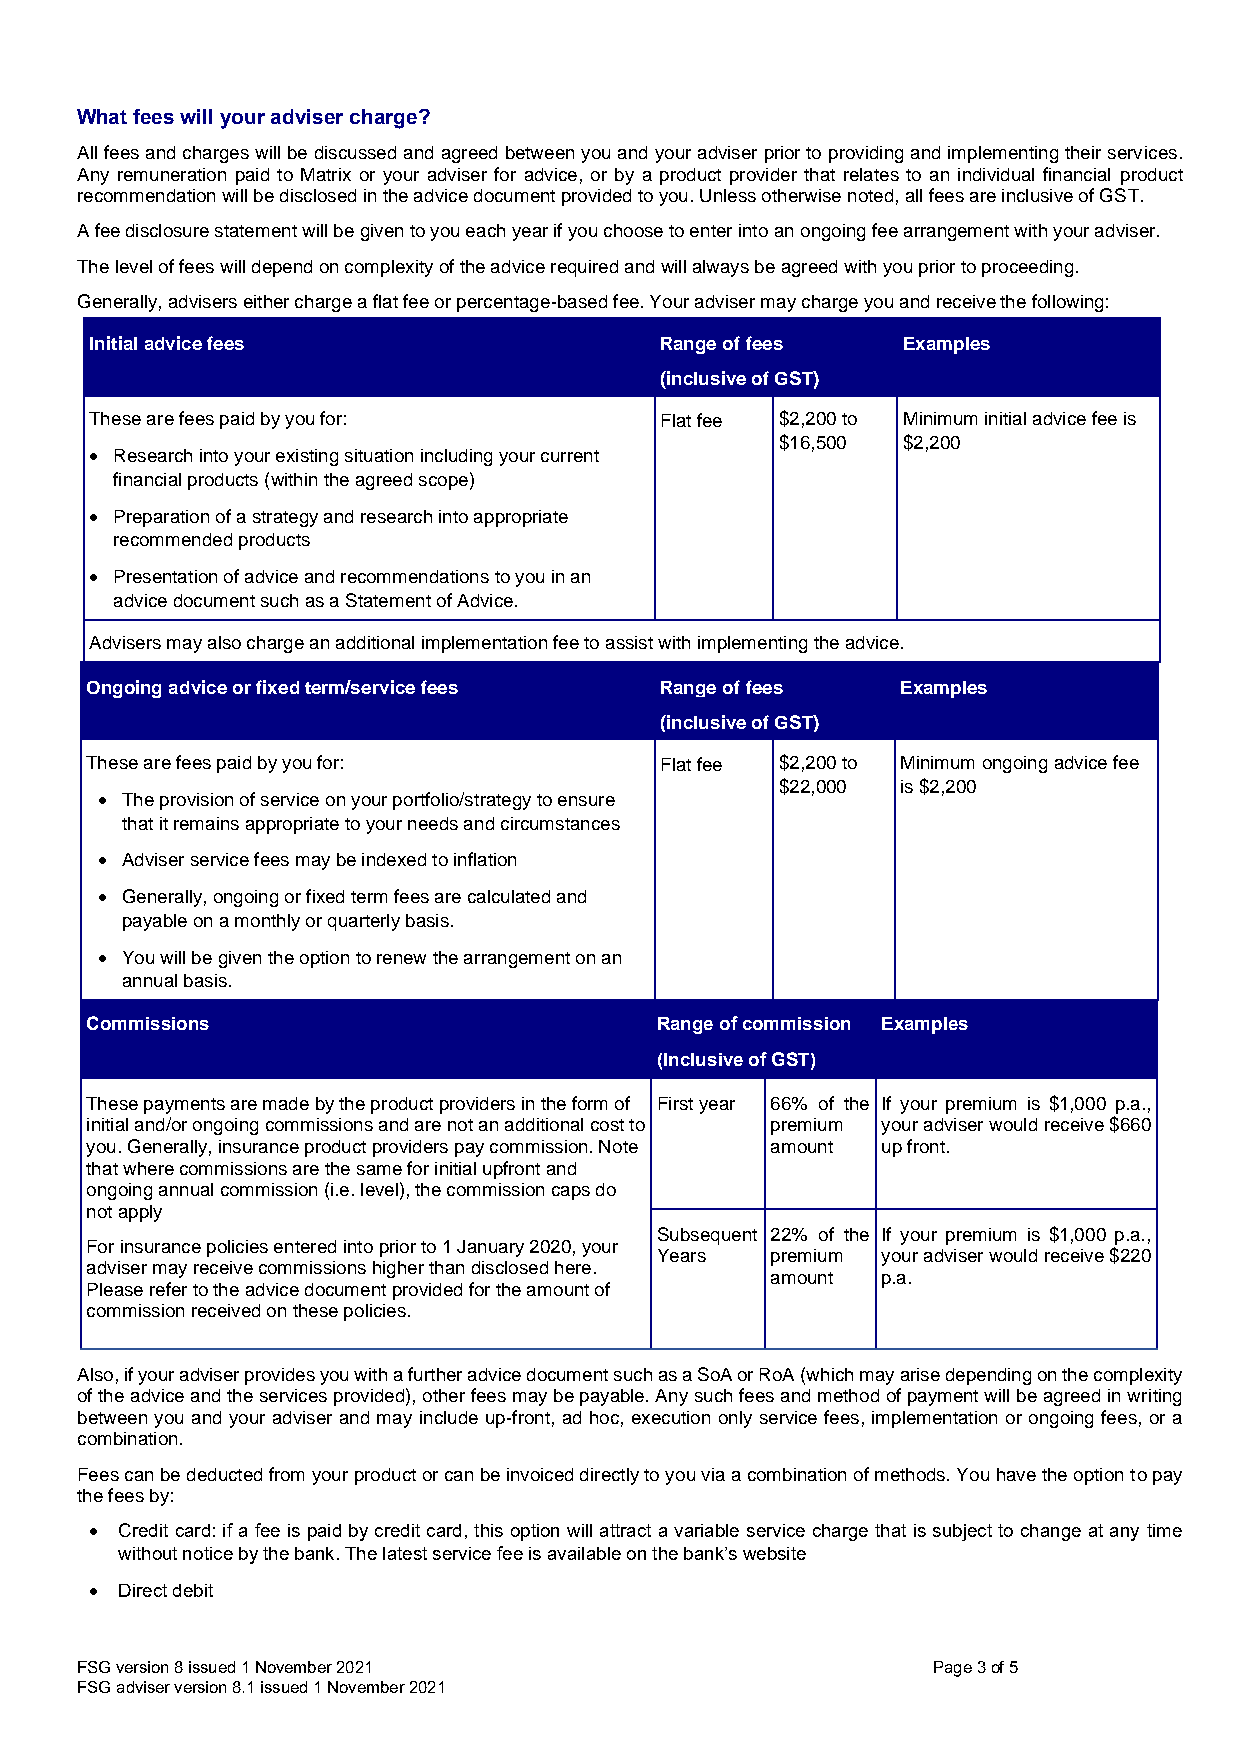
What fees will your adviser charge?
 All fees and charges will be discussed and agreed between you and your adviser prior to providing and implementing their services.
 Any remuneration paid to Matrix or your adviser for advice, or by a product provider that relates to an individual financial product
 recommendation will be disclosed in the advice document provided to you. Unless otherwise noted, all fees are inclusive of GST.
 A fee disclosure statement will be given to you each year if you choose to enter into an ongoing fee arrangement with your adviser.
 The level of fees will depend on complexity of the advice required and will always be agreed with you prior to proceeding.
 Generally, advisers either charge a flat fee or percentage-based fee. Your adviser may charge you and receive the following:
 Initial advice fees                   Range of fees   Examples
 (inclusive of GST)
 These are fees paid by you for:       Flat fee $2,200 to Minimum initial advice fee is
 $16,500 $2,200
 • Research into your existing situation including your current
 financial products (within the agreed scope)
 • Preparation of a strategy and research into appropriate
 recommended products
 • Presentation of advice and recommendations to you in an
 advice document such as a Statement of Advice.
 Advisers may also charge an additional implementation fee to assist with implementing the advice.
 Ongoing advice or fixed term/service fees Range of fees Examples
 (inclusive of GST)
 These are fees paid by you for:       Flat fee $2,200 to Minimum ongoing advice fee
 $22,000 is $2,200
 • The provision of service on your portfolio/strategy to ensure
 that it remains appropriate to your needs and circumstances
 • Adviser service fees may be indexed to inflation
 • Generally, ongoing or fixed term fees are calculated and
 payable on a monthly or quarterly basis.
 • You will be given the option to renew the arrangement on an
 annual basis.
 Commissions                          Range of commission Examples
 (Inclusive of GST)
 These payments are made by the product providers in the form of First year 66% of the If your premium is $1,000 p.a.,
 initial and/or ongoing commissions and are not an additional cost to premium your adviser would receive $660
 you. Generally, insurance product providers pay commission. Note amount up front.
 that where commissions are the same for initial upfront and
 ongoing annual commission (i.e. level), the commission caps do
 not apply
 Subsequent 22% of the If your premium is $1,000 p.a.,
 For insurance policies entered into prior to 1 January 2020, your
 Years   premium your adviser would receive $220
 adviser may receive commissions higher than disclosed here.
 amount p.a.
 Please refer to the advice document provided for the amount of
 commission received on these policies.
 Also, if your adviser provides you with a further advice document such as a SoA or RoA (which may arise depending on the complexity
 of the advice and the services provided), other fees may be payable. Any such fees and method of payment will be agreed in writing
 between you and your adviser and may include up-front, ad hoc, execution only service fees, implementation or ongoing fees, or a
 combination.
 Fees can be deducted from your product or can be invoiced directly to you via a combination of methods. You have the option to pay
 the fees by:
 • Credit card: if a fee is paid by credit card, this option will attract a variable service charge that is subject to change at any time
 without notice by the bank. The latest service fee is available on the bank’s website
 • Direct debit
 FSG version 8 issued 1 November 2021                     Page 3 of 5
 FSG adviser version 8.1 issued 1 November 2021